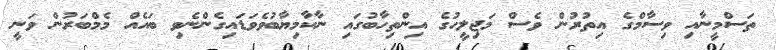
ތަސްމީނާއި ވިސާމްގެ އިތުރުން ވެސް މަޖިލީހުގެ އިންތިހާބުގައި ނާކާމިޔާބުވެވަޑައިގެންނެވި ބައެއް މެމްބަރުން ވަނީ